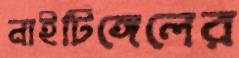
নাইটিঙ্গেলের